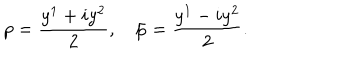
LaTeX: p = \frac { y ^ { 1 } + i y ^ { 2 } } { 2 } , \quad \bar { p } = \frac { y ^ { 1 } - i y ^ { 2 } } { 2 } .